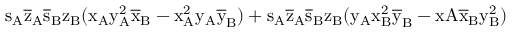
\mathrm { s _ { A } \mathrm { \overline { { z } } _ { A } \mathrm { \overline { { s } } _ { B } \mathrm { z _ { B } ( \mathrm { x _ { A } \mathrm { y _ { A } ^ { 2 } \mathrm { \overline { { x } } _ { B } - \mathrm { x _ { A } ^ { 2 } \mathrm { y _ { A } \mathrm { \overline { { y } } _ { B } ) + \mathrm { s _ { A } \mathrm { \overline { { z } } _ { A } \mathrm { \overline { { s } } _ { B } \mathrm { z _ { B } ( \mathrm { y _ { A } \mathrm { x _ { B } ^ { 2 } \mathrm { \overline { { y } } _ { B } - x A \mathrm { \overline { { x } } _ { B } \mathrm { y _ { B } ^ { 2 } ) } } } } } } } } } } } } } } } } } } }